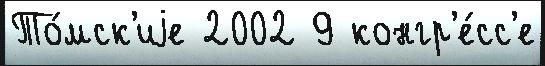
То́мск'иjе 2002 9 конгр'е́сс'е